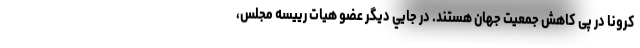
کرونا در پی کاهش جمعیت جهان هستند. در جايي ديگر عضو هیات رییسه مجلس،